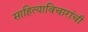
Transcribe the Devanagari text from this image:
साहित्याविचारांची